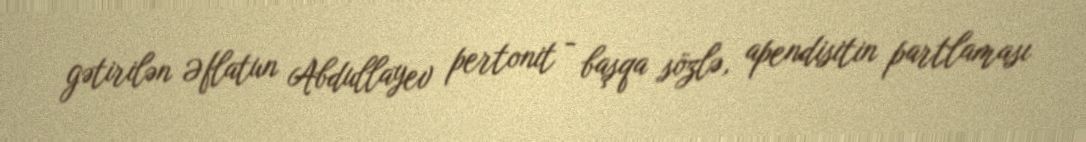
gətirilən Əflatun Abdullayev pertonit - başqa sözlə, apendisitin partlaması